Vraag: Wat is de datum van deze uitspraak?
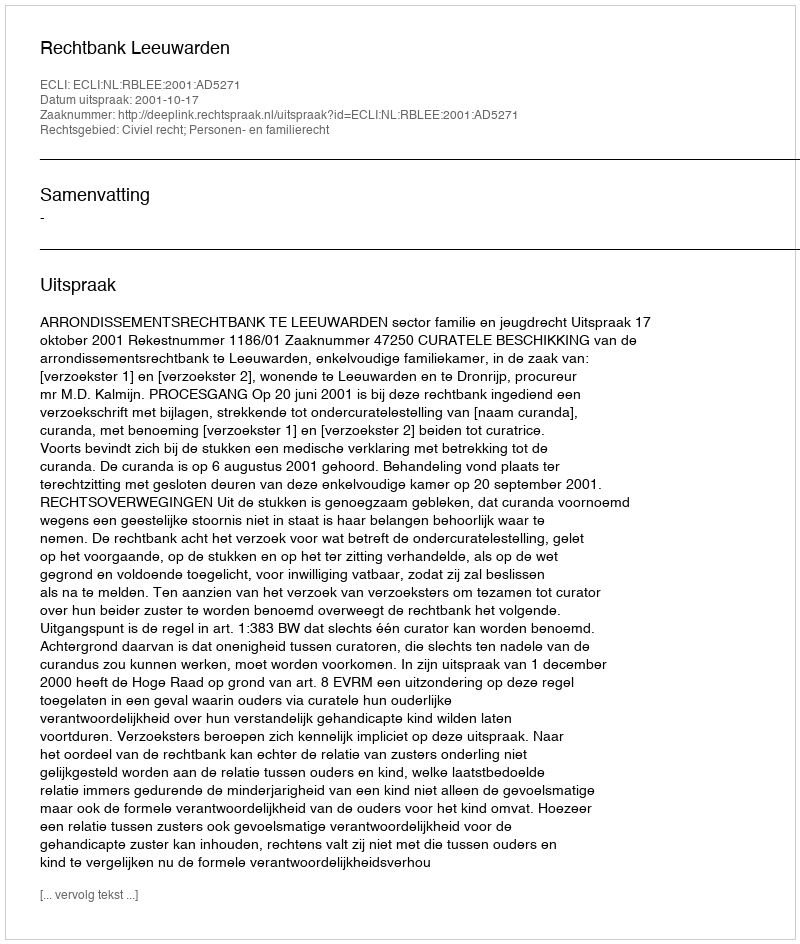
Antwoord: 2001-10-17